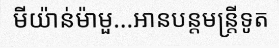
មីយ៉ាន់ម៉ាមួ...អានបន្តមន្ត្រីទូត